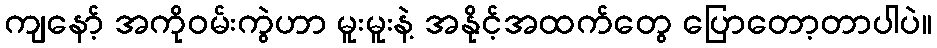
ကျနော့် အကိုဝမ်းကွဲဟာ မူးမူးနဲ့ အနိုင့်အထက်တွေ ပြောတော့တာပါပဲ။